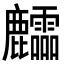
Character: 𪋶